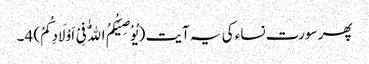
پھر سورت نساء کی یہ آیت (یُوْصِیْکُمُ اللّٰهُ فِیْ اَوْلَادِکُمْ) 4۔